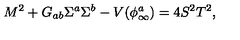
M ^ { 2 } + G _ { a b } \Sigma ^ { a } \Sigma ^ { b } - V ( \phi _ { \infty } ^ { a } ) = 4 S ^ { 2 } T ^ { 2 } ,